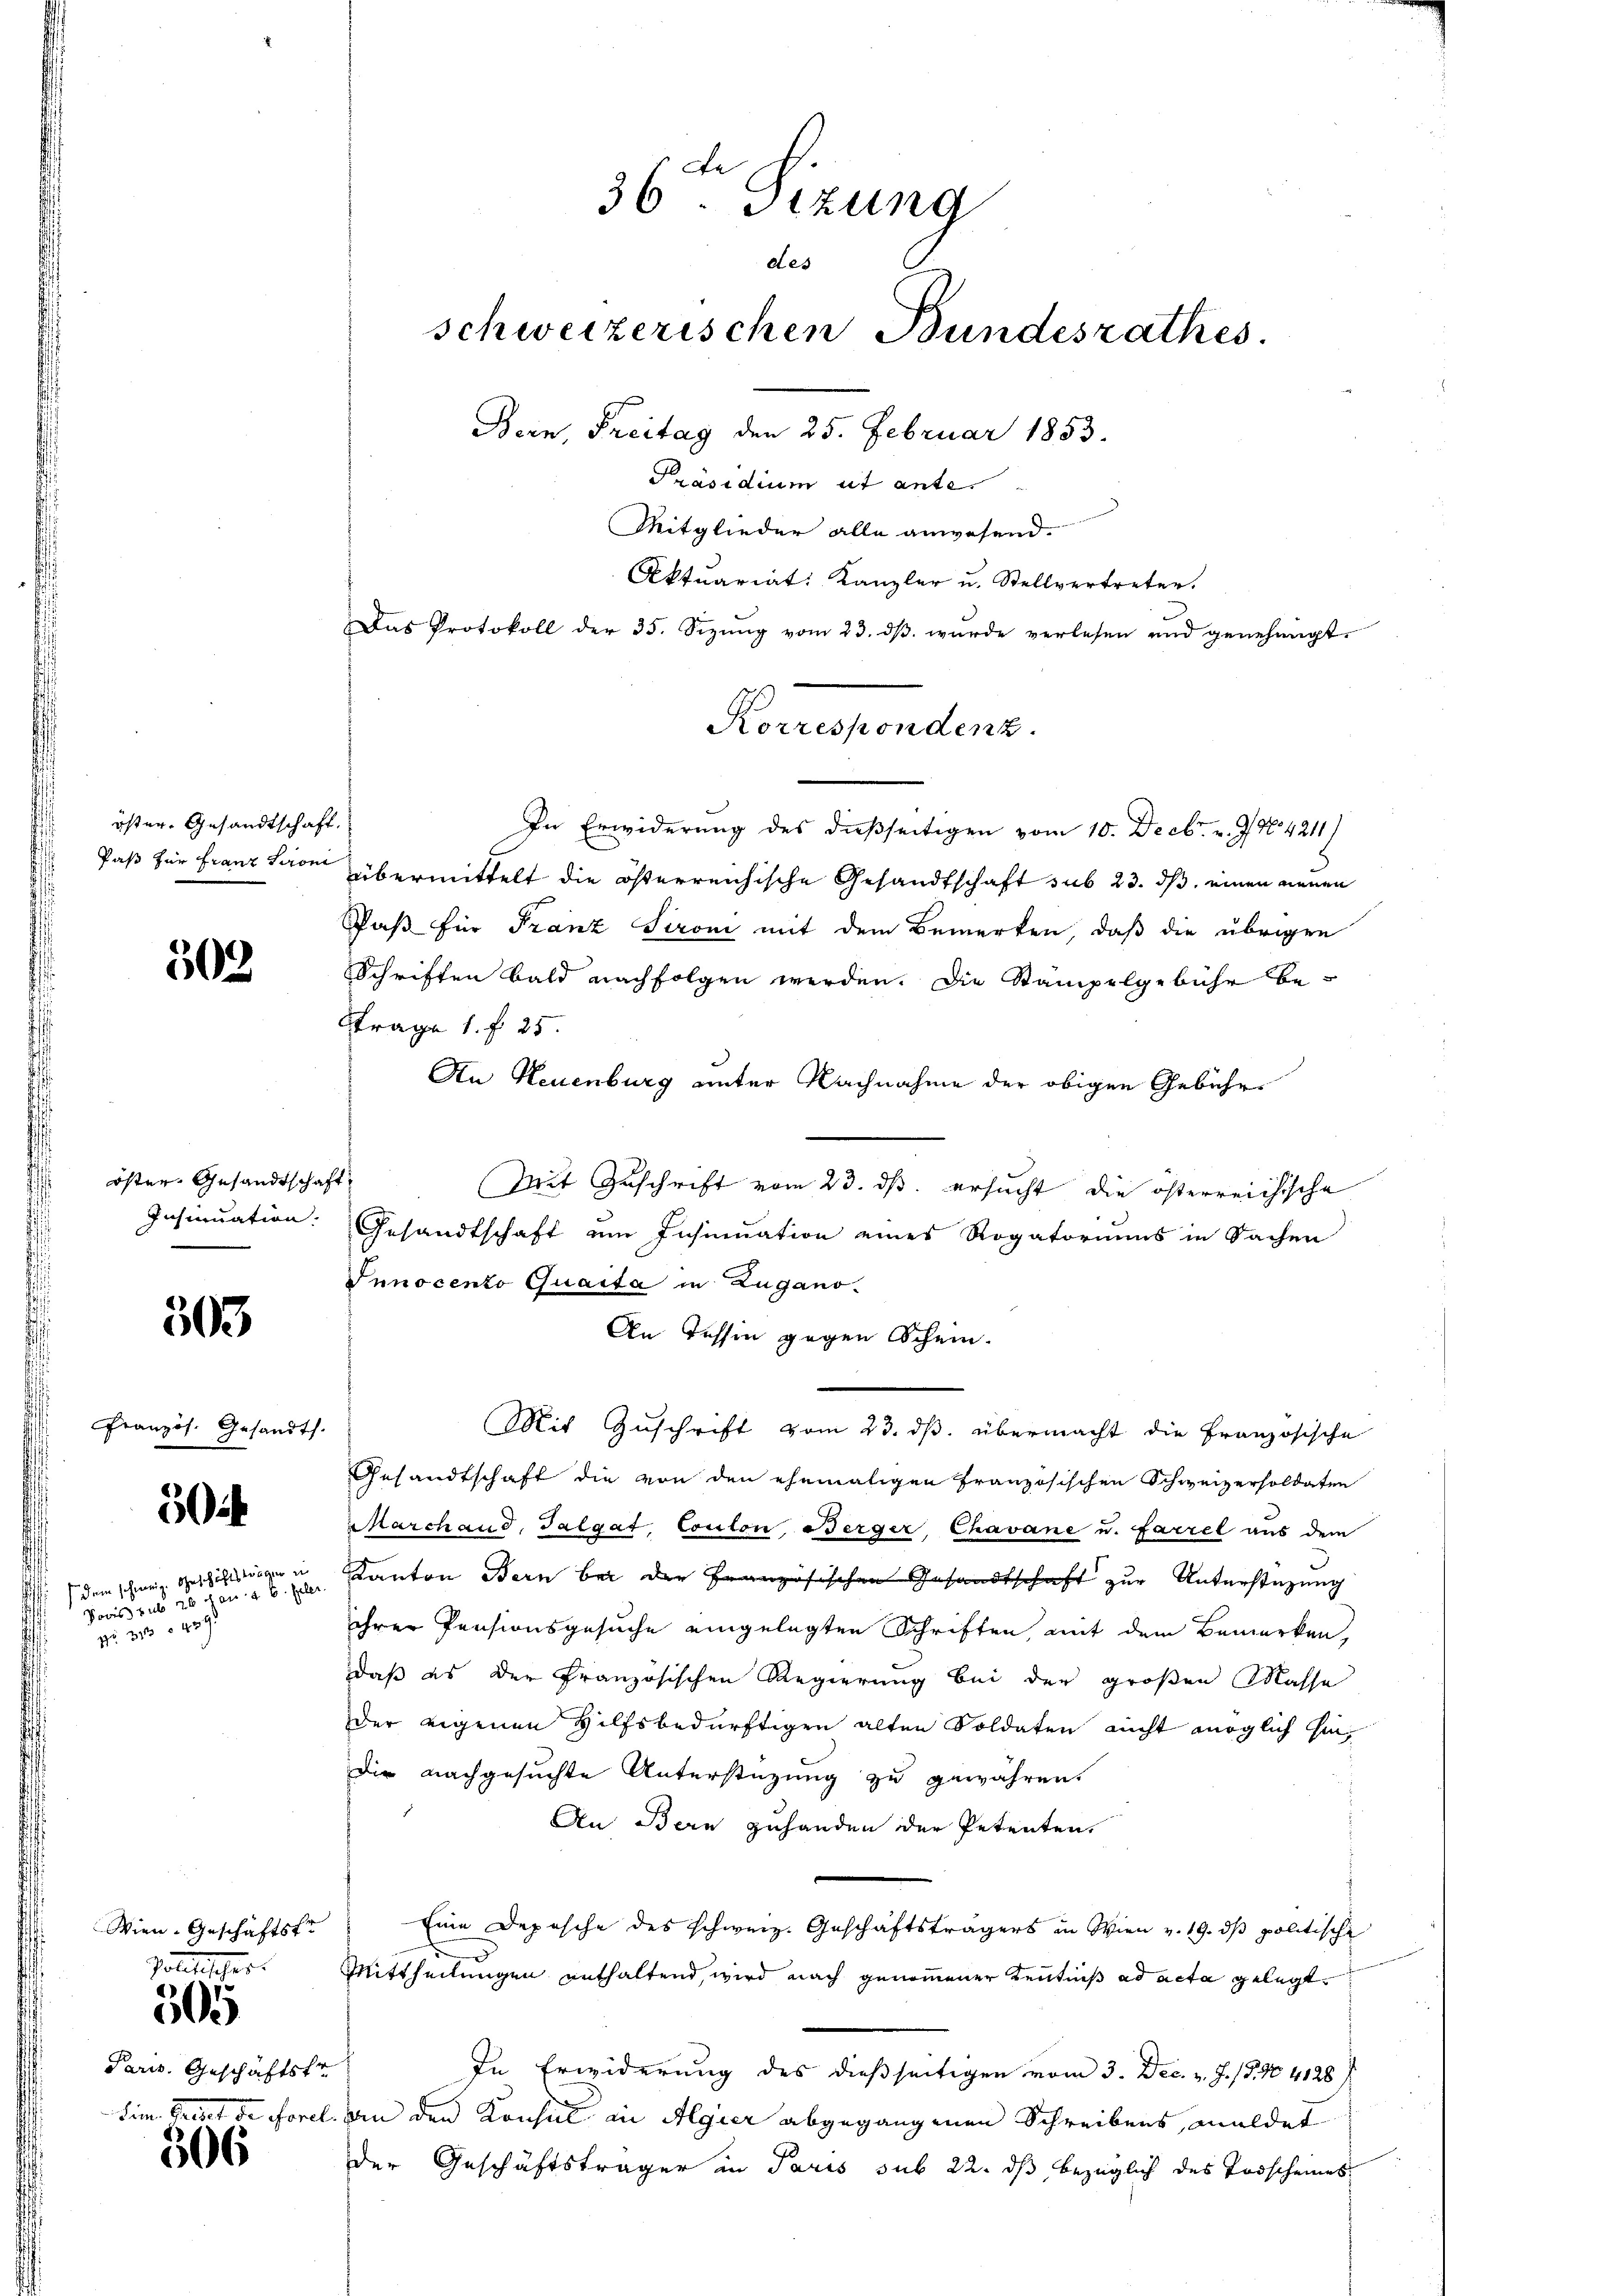
öster Gesandtschaft.

502

öster Gesandtschaft,
Insinuation.

303

Französ. Gesandts

50

dem schweiz. Geschichtsträger in
Doris sub 26 Jan. C. Peler.
er

Wien. Geschäftsfr
Paris. Geschäftstr
Sim Breit de Forel

politischer.
505

306

36 Sizung
des
schweizerischen Bundesrathes.
Bern, Freitag den 25. Februar 1853.
Präsidium ut ante.
Mitglieder alle anwesend.
Aktuariat Kanzler u. Stellvertreter.
Das Protokoll der 35. Sizŭng vom 23. dβ wŭrde verlesen und genehmigt.

In Erwiderung des dießseitigen vom 10. Decbr. v. J. N. 4211)
Paß für Franz Seon übermittelt die österreichische Gesandtschaft sub 23. ds. einen neuen
Paß für Franz Sironi mit dem Bemerken, daß die übrigen
Schriften bald nachfolgen werden. Die Stampelgebühr be¬
Strage 1. f. 25.
An Neuenburg unter Nachnahme der obigen Gebühr¬
Mit Zuschrift vom 23. ds. ersucht, die österreichische
Gesandtschaft um Insinuation eines Rogatoriums in Sachen
Innocento Quaita in Zugano.
An Tessin gegen Schein-
Mit Zuschrift vom 23. ds. übermacht die Französische
Gesandtschaft die von den ehemaligen Französischen Schweizersoldaten
Marchaud, Talgat, Coulon, Berger, Chavane u. farrel aus dem
Kanton Bern bei der Französischen Gesandtschaft zur Unterstüzung
ihrer Pensionsgesuche eingelegten Schriften, mit dem Bemerken,
daß es der Französischen Regierung bei der großen Masse
der eigenen Hilfsbedürftigen alten Soldaten nicht möglich hin,
Die nachgesuchte Unterstützung zu gewähren.
An Bern zuhanden der Petenten.
Eine Depesche des schweiz. Geschäftsträgers in Wien v. 19. dβ politische
Mittheilungen enthaltend, wird nach genommener Kenntniß ad acta gelegt
In Erwiderung des dießseitigen vom 3. Dec. v. J. P. No. 4128
an den Konsul in Algier abgegangenen Schreibens, meldes
der Geschäftsträger in Paris sub 22. ds bezüglich des Todscheines

Korrespondenz